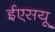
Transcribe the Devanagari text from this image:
ईएसयू